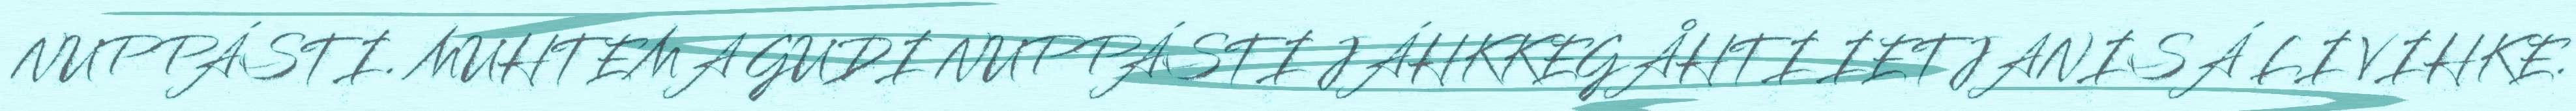
NUPPÁSTI. MUHTEMA GUDI NUPPÁSTI JÁHKKEGÅHTI IETJANISÁ LI VIHKE.